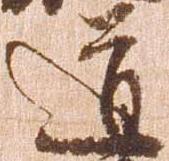
道